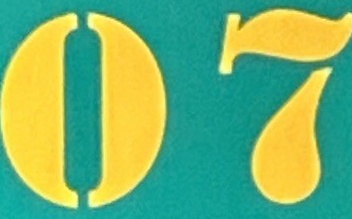
07